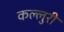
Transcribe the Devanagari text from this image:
कल्लुरी